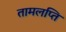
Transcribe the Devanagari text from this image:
तामलप्ति